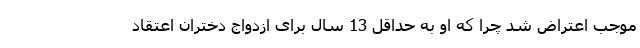
موجب اعتراض شد چرا که او به حداقل 13 سال برای ازدواج دختران اعتقاد